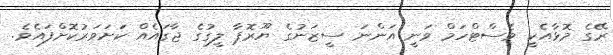
ރޭގެ މޮޅާއެކީ ވެސްޓްހަމް ވަނީ އަންނަ ސީޒަނުގެ ޔޫރޮޕާ ލީގުގެ ޖާގައެއް ކަށަވަރުކޮށްފައެވެ.